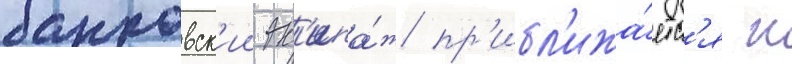
банковск'ии эк'ипа́ж пр'ибл'ижа́етс'я к